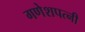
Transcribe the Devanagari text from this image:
गणेशपत्नी